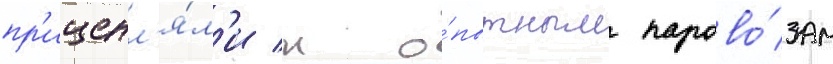
пр'ицепл'я́л'и к о́пытным парово́зам